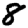
Digit: 8